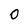
Character: 0